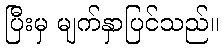
ပြီးမှ မျက်နှာပြင်သည်။